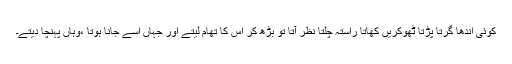
کوئی اندھا گرتا پڑتا ٹھوکریں کھاتا راستہ چلتا نظر آتا تو بڑھ کر اس کا تھام لیتے اور جہاں اسے جانا ہوتا ،وہاں پہنچا دیتے۔